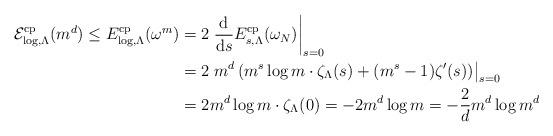
LaTeX: \begin{align*} \mathcal{E}_{\log,\Lambda}^{\rm cp}(m^d)\leq E_{\log,\Lambda}^{\rm cp}(\omega^m)&=2\left.\frac{\mathrm{d}}{\mathrm{d}s}E_{s,\Lambda}^{\rm cp}(\omega_N)\right|_{s=0}\\&=2\left. m^d\left(m^s\log m\cdot \zeta_\Lambda(s)+(m^s-1)\zeta'(s)\right)\right|_{s=0}\\&=2m^d\log m\cdot\zeta_\Lambda(0)=-2m^d\log m=-\frac{2}{d}m^d\log m^d\end{align*}